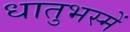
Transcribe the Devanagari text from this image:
धातुभस्में